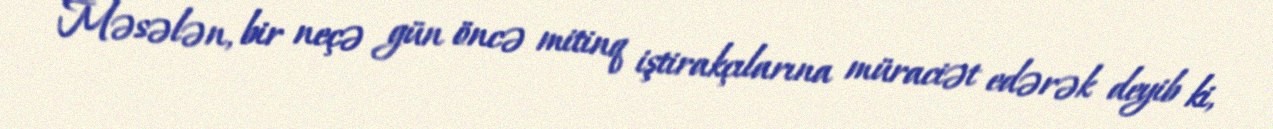
Məsələn, bir neçə gün öncə mitinq iştirakçılarına müraciət edərək deyib ki,